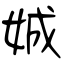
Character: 娍